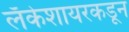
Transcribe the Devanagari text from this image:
लँकेशायरकडून